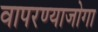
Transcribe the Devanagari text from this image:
वापरण्याजोगा